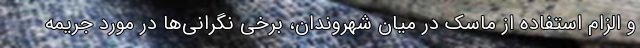
و الزام استفاده از ماسک در میان شهروندان، برخی نگرانی‌ها در مورد جریمه